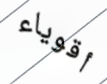
أقوياء